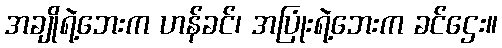
အချိုရဲ့ဘေးက ဟန်ခင်၊ အပြုံးရဲ့ဘေးက ခင်ဌေး။